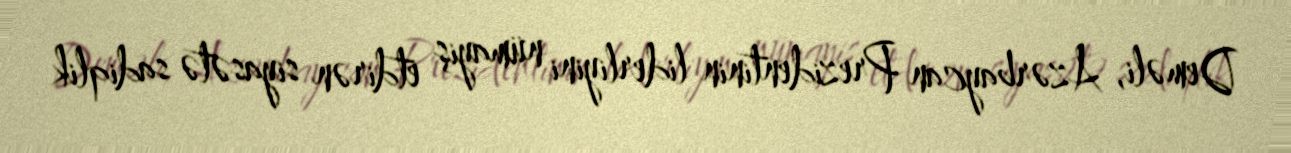
Deməli, Azərbaycan Prezidentinin liderliyini nümayiş etdirən siyasətə sadiqlik